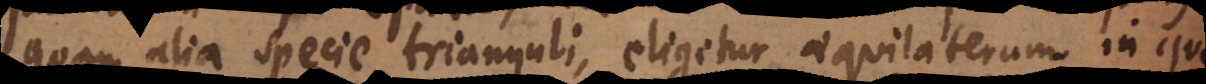
quam alia specie trianguli, eligetur aequilaterum in quo